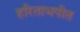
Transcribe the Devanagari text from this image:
हरिताभपीत